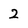
Character: 2